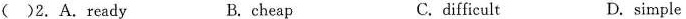
()2. A. Ready B. cheap C.difficult D. simple